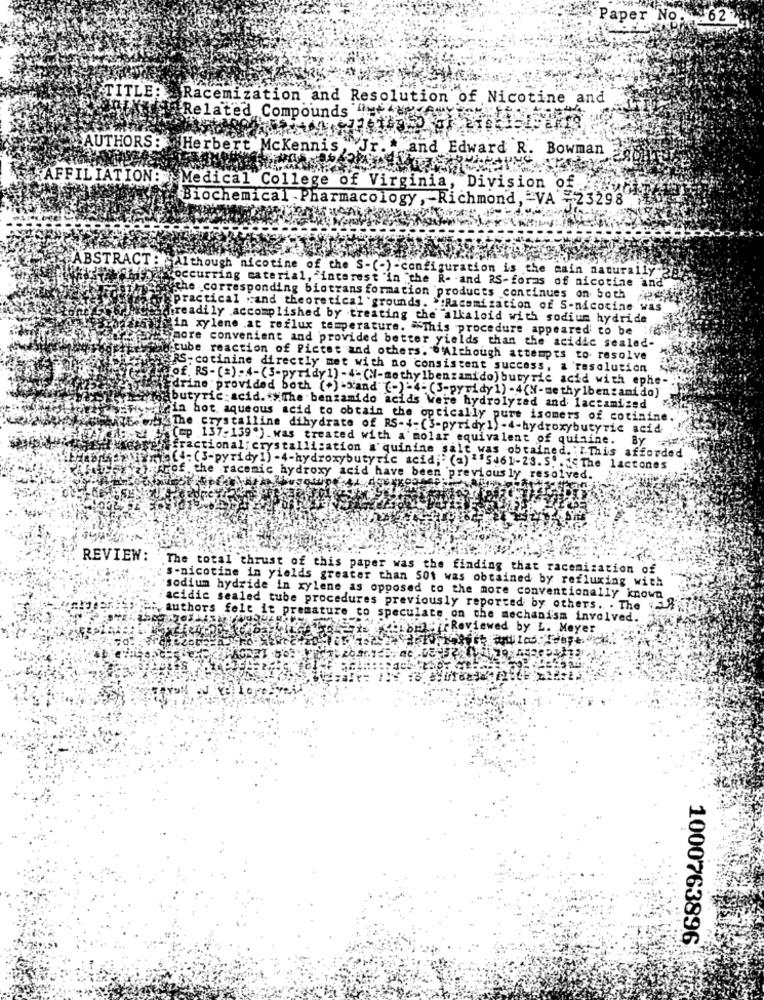
Paper No. 62
TITLE: Racemization and Resolution of Nicotine and
Related Compounds "UNA
SAUTHORS: Herbert Mckennis ,JF. *
and Edward R. Bowman
"AFFILIATION: } Medical College of Virginia, Division of.
Biochemical - Pharmacology , - Richmond, - VA -23298
ABSTRACT : Although nicotine of the S-(-)-configuration is the main natu
11y*
"occurring material, "interest "in "the R- - and RS-foras of nicotine and
the corresponding biotransformation products continues on both
apractical "and theoretical 'grounds. >Racemization of S-nicotine was
¡readily accomplished by treating the alkaloid with sodium hydride
Min xylene .at reflux temperature. This procedure appeared to be :f24
more convenient and provided better yields than the acidic sealed-
"tube reaction of Pictet and others. . Although attempts to resolve
RS-cotinine directly met with no consistent success, a resolution
te of. RS- (=) -4-(3-pyridy 1) -4: (N-methylbenzamido) butyric acid with ephe-
Edrine provided both (+) -xand" (-) =4-(3-pyridy1) -4(N-me thy lbenzamido)
butyric acid. The benzamido acids were hydrolyzed and lactamized
Wirin hot aqueous acid to obtain the optically pure isomers of cotinine
7Hs The Crystalline dihydrate of RS-4-(3-pyridy 1) -4-hydroxybutyric acid
"(mp 137-139") was treated with a molar equivalent of quinine. By :
fractional; crystalli:ation a'quinine salt was obtained. : I.This afforded
wis .: (3-pyridy1) -4-hydroxybutyric acid;' (a) ""5461-23.5. . 1< The lactones
prof. the racemic hydroxy acid have been previously resolved.
A .. de
REVIEW:
The total thrust of this paper was the finding that racemization of
s-nicotine in yields greater than 501 was obtained by refluxing with
sodium hydride in xylene as opposed to the more conventionally known
acidic sealed tube procedures previously reported by others. . The 1,5"
authors fele it premature co speculate on the mechanism involved.
Chomir Reviewed by L. Meyer
1000763896